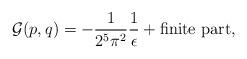
LaTeX: \begin{align*}{\cal G} (p,q) = -\frac{1}{2^5 \pi^2} \frac{1}{\epsilon} +\mbox{finite part},\end{align*}